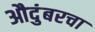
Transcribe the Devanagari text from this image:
औदुंबरचा